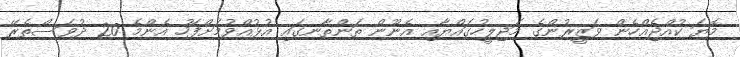
މޮޔަ ކުއްޖެއްހެން ވަޒީރުންގެ މަޖިލީހުގައްޔާއި އެނޫން ތަންތާނގައި އުޅުއްވުމަށްފަހު އެންމެ 20 ދުވަސްތެރޭ